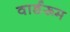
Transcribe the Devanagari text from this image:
वार्डरूम